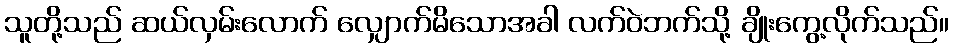
သူတို့သည် ဆယ်လှမ်းလောက် လျှောက်မိသောအခါ လက်ဝဲဘက်သို့ ချိုးကွေ့လိုက်သည်။